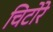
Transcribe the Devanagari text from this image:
चिटोरे